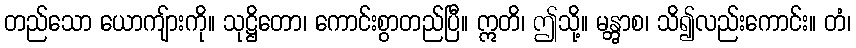
တည်သော ယောကျ်ားကို။ သုဋ္ဌိတော၊ ကောင်းစွာတည်ပြီ။ ဣတိ၊ ဤသို့။ မန္တွာစ၊ သိ၍လည်းကောင်း။ တံ၊